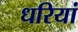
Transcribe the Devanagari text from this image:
धरियां